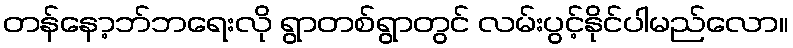
တန်နော့ဘ်ဘရေးလို ရွာတစ်ရွာတွင် လမ်းပွင့်နိုင်ပါမည်လော။